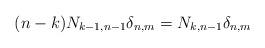
LaTeX: \begin{align*} (n-k)N_{k-1,n-1}\delta_{n,m}=N_{k,n-1}\delta_{n,m}\end{align*}